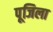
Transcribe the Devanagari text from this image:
पूजिला